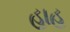
હાહ